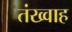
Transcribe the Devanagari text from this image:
तंख्वाह